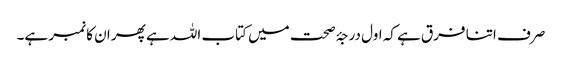
صرف اتنا فرق ہے کہ اول درجۂ صحت میں کتاب اللہ ہے پھر ان کا نمبر ہے۔